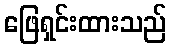
ဖြေရှင်းထားသည်